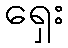
ရှေး